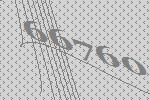
66760